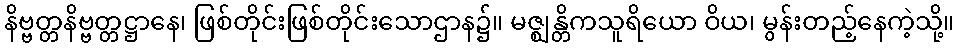
နိဗ္ဗတ္တနိဗ္ဗတ္တဋ္ဌာနေ၊ ဖြစ်တိုင်းဖြစ်တိုင်းသောဌာန၌။ မဇ္ဈန္တိကသူရိယော ဝိယ၊ မွန်းတည့်နေကဲ့သို့။